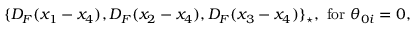
\{ D _ { F } ( x _ { 1 } - x _ { 4 } ) , D _ { F } ( x _ { 2 } - x _ { 4 } ) , D _ { F } ( x _ { 3 } - x _ { 4 } ) \} _ { \star } , \mathrm { ~ f o r ~ } \theta _ { 0 i } = 0 ,